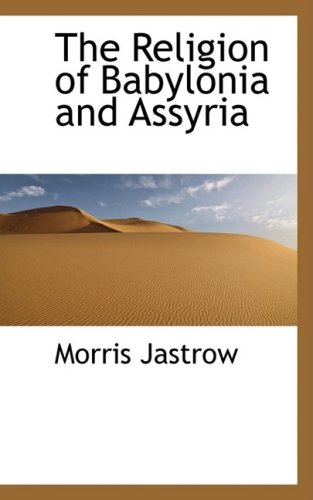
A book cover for The Religion of Babylonia and Assyria; Morris Jastrow; History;